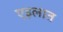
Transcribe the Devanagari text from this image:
एइलात